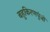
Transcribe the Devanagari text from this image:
बहुकिरणपुंजों